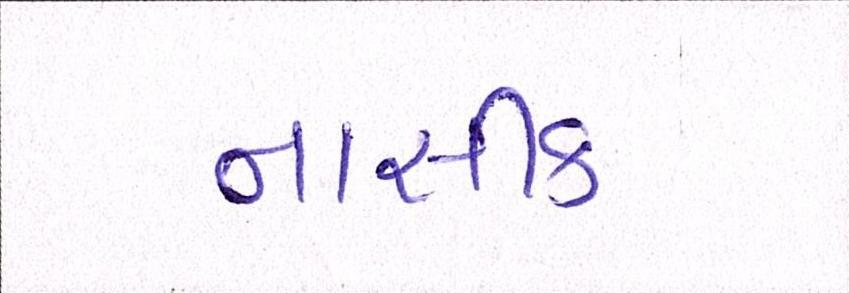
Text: નાસીક